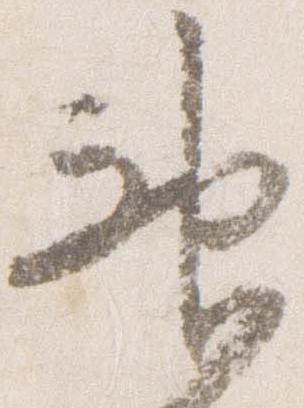
神